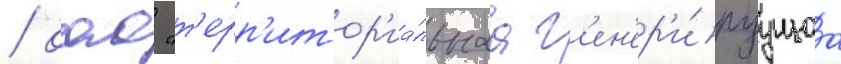
/ оао "т'ерр'итор'иа́льнаа г'ен'ер'и́руущаа